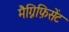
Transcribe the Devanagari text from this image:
मैग्निफ़िसेंट